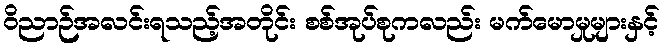
ဝိညာဉ်အလင်းရသည့်အတိုင်း စစ်အုပ်စုကလည်း မက်မောမှုများနှင့်